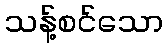
သန့်စင်သော